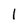
Character: 1